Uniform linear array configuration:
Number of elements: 32
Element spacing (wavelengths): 0.75
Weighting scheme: binomial
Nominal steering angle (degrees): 30
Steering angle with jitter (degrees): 30.421
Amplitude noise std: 0.05
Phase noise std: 0.05

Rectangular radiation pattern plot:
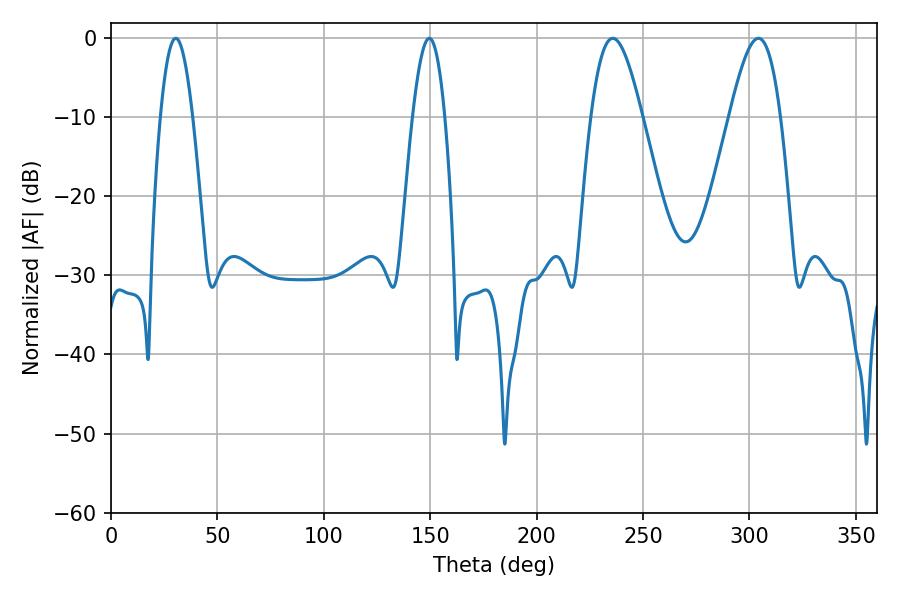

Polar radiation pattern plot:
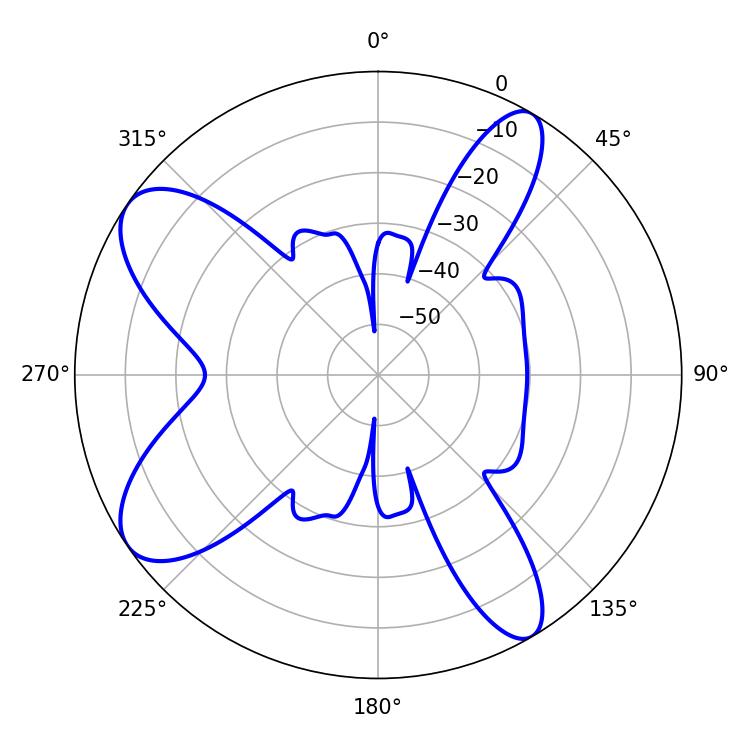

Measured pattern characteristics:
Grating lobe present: TRUE
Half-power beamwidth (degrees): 8.1
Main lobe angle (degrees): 30.42